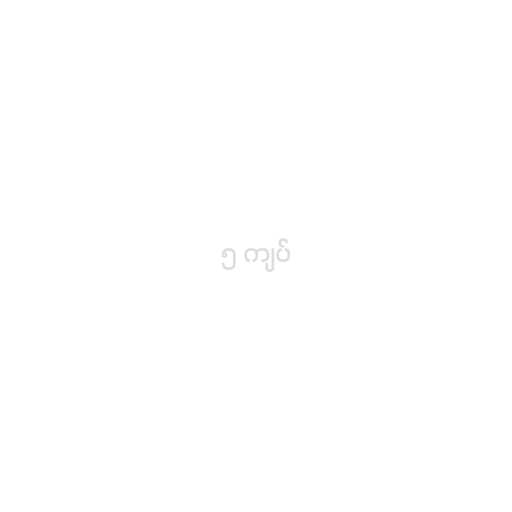
၅ ကျပ်